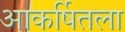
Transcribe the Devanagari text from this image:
आकर्षितला